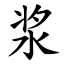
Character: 浆